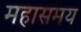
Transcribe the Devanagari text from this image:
महासमय